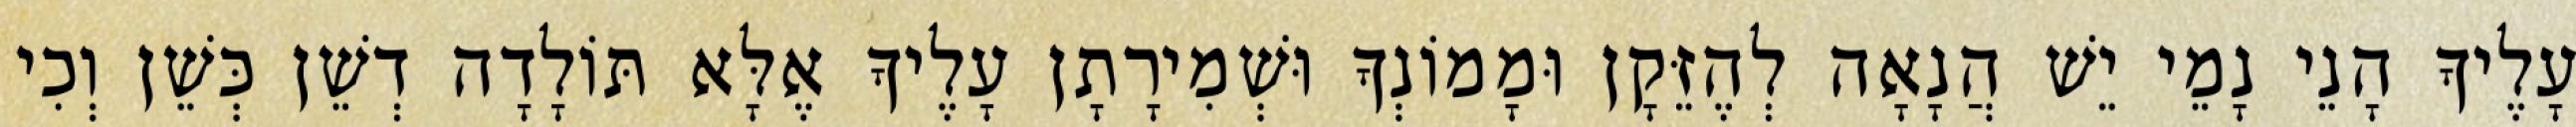
עָלֶיךָ הָנֵי נָמֵי יֵשׁ הֲנָאָה לְהֶזֵּקָן וּמָמוֹנְךָ וּשְׁמִירָתָן עָלֶיךָ אֶלָּא תּוֹלָדָה דְשֵׁן כְּשֵׁן וְכִי